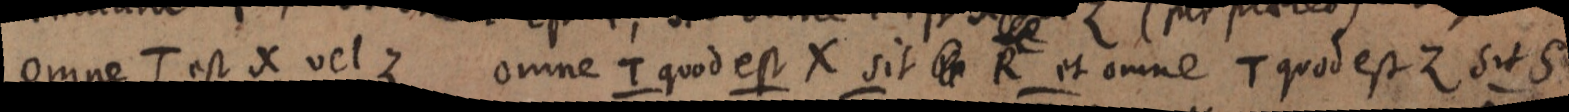
omne T est X vel Z omne T quod est X sit _ R et omne T quod est Z sit S